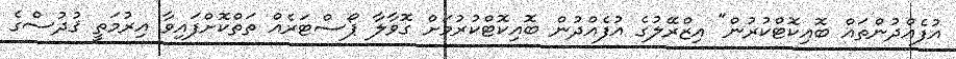
އުފެއްދުންތައް ބޮއިކޮޓްކުރުން" އިޒްރޭލުގެ އުފެއްދުން ބޮއިކޮޓްކުރުމަށް ގޮވާލާ ޕޯސްޓަރެއް ތަތްކޮށްފައިވާ އިރުމަތީ ޤުދުސްގެ